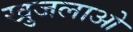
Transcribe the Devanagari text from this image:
खुजलाओ